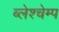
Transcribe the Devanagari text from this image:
ब्लेश्चेम्प